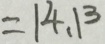
= 1 4 . 1 3